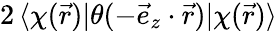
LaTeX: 2\, \langle\chi(\vec{r})|\theta(-\vec{e}_{z}\cdot\vec{r})|\chi(\vec{r})\rangle